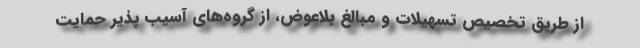
از طریق تخصیص تسهیلات و مبالغ بلاعوض، از گروه‌های آسیب پذیر حمایت